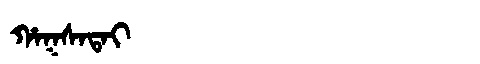
Manchu: ᡥᠠᡴᠰᠠᡨᠠᡳ
Romanization: HAKSATAI